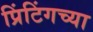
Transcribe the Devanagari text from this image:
प्रिंटिंगच्या